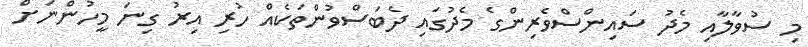
މި ސުވާލާއި މެދު ސައިންސްވެރިންގެ މެދުގައި ދެބަސްވުންތަކެއް ހުރި އިރު ގިނަ މީހުންނަށް